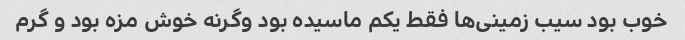
خوب بود سیب زمینی‌ها فقط یکم ماسیده بود وگرنه خوش مزه بود و گرم